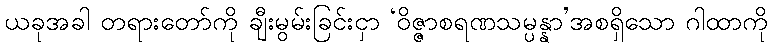
ယခုအခါ တရားတော်ကို ချီးမွမ်းခြင်းငှာ ‘ဝိဇ္ဇာစရဏသမ္ပန္နာ’အစရှိသော ဂါထာကို